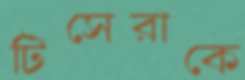
টিসেরাকে